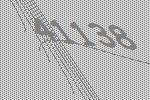
41138